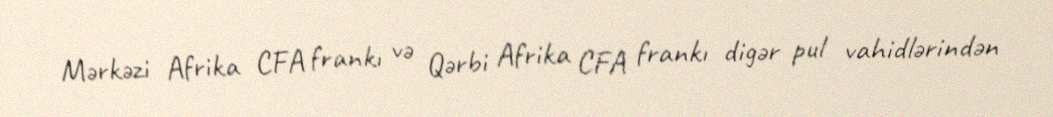
Mərkəzi Afrika CFA frankı və Qərbi Afrika CFA frankı digər pul vahidlərindən